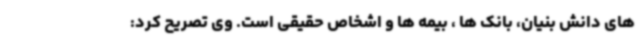
های دانش بنیان، بانک ها ، بیمه ها و اشخاص حقیقی است. وی تصریح کرد: